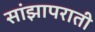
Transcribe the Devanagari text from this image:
सांझापराती